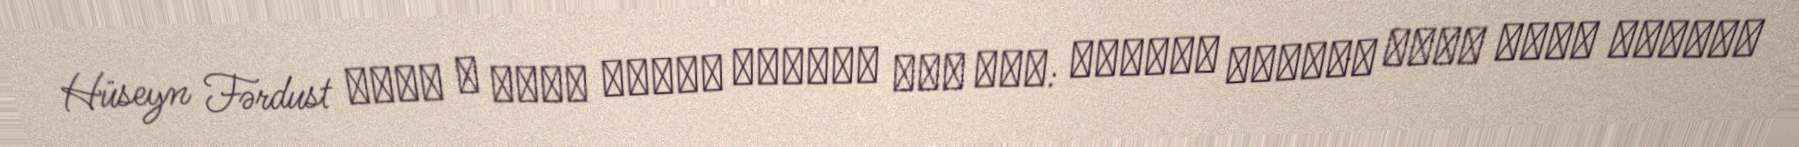
Hüseyn Fərdust ظهور و سقوط سلطنت پهلوی، جلد اول: خاطرات ارتشبد سابق حسین فردوست